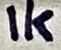
Text: 1K